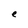
Character: e